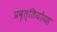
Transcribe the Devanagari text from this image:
प्रवृत्तियोंयह